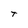
Character: t